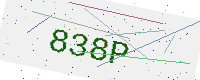
Text: 838P